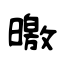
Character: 曒